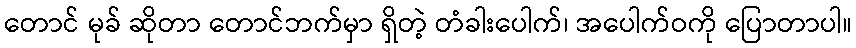
တောင် မုခ် ဆိုတာ တောင်ဘက်မှာ ရှိတဲ့ တံခါးပေါက်၊ အပေါက်ဝကို ပြောတာပါ။